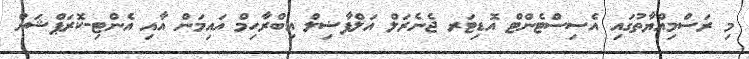
މި ރަސްމިއްޔާތުގައި އެސިސްޓެންޓް އޮޑިޓަރ ޖެނެރަލް އަލްފާޟިލް އިބްރާހިމް އައިމަން އާއި އެންޓި-ކޮރަޕްޝަން